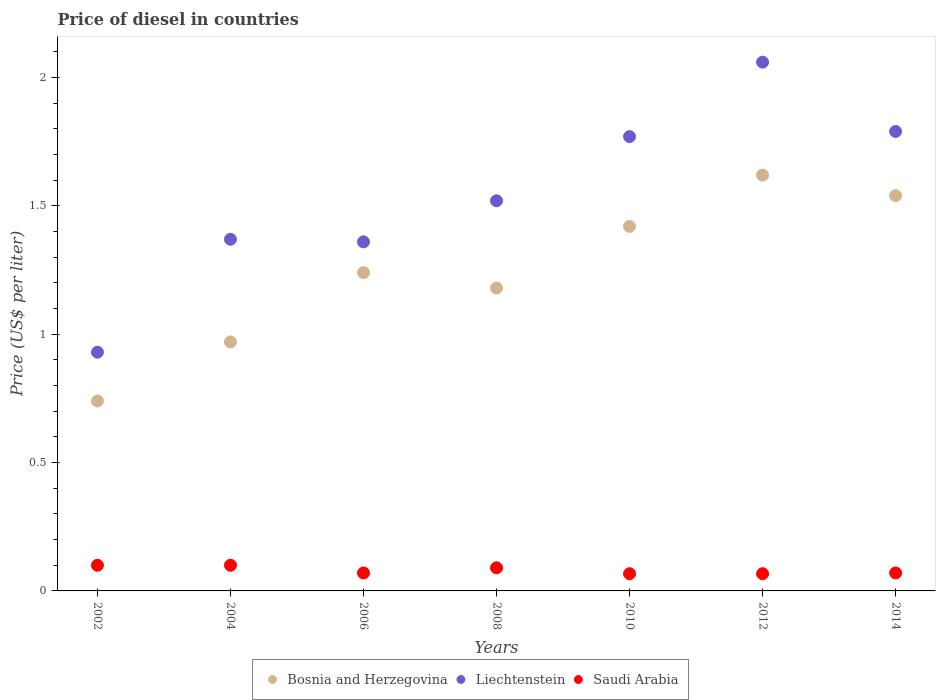
| Years | Bosnia and Herzegovina | Liechtenstein | Saudi Arabia |
 | --- | --- | --- | --- |
 | 2002 | 0.74 | 0.93 | 0.1 |
 | 2004 | 0.97 | 1.37 | 0.1 |
 | 2006 | 1.24 | 1.36 | 0.07 |
 | 2008 | 1.18 | 1.52 | 0.09 |
 | 2010 | 1.42 | 1.77 | 0.067 |
 | 2012 | 1.62 | 2.06 | 0.067 |
 | 2014 | 1.54 | 1.79 | 0.07 |